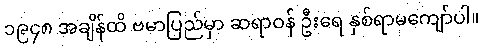
၁၉၄၈ အချိန်ထိ ဗမာပြည်မှာ ဆရာဝန် ဦးရေ နှစ်ရာမကျော်ပါ။